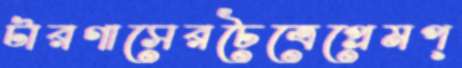
টারগাসেরচৈত্রেপ্রেমপ্